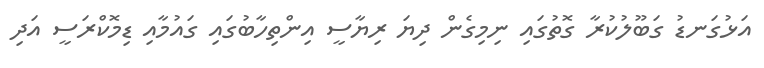
އަޅުގަނޑު ގަބޫލުކުރާ ގޮތުގައި ނިމިގެން ދިޔަ ރިޔާސީ އިންތިހާބުގައި ގައުމާއި ޑިމޮކްރަސީ އަދި